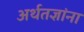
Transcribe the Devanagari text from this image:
अर्थतज्ञांना